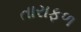
તારાફળ